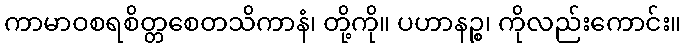
ကာမာဝစရစိတ္တစေတသိကာနံ၊ တို့ကို။ ပဟာနဉ္စ၊ ကိုလည်းကောင်း။